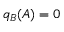
q _ { B } ( A ) = 0